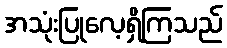
အသုံးပြုလေ့ရှိကြသည်